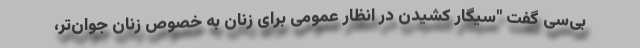
‌بی‌سی گفت "سیگار کشیدن در انظار عمومی برای زنان به خصوص زنان جوان‌تر،